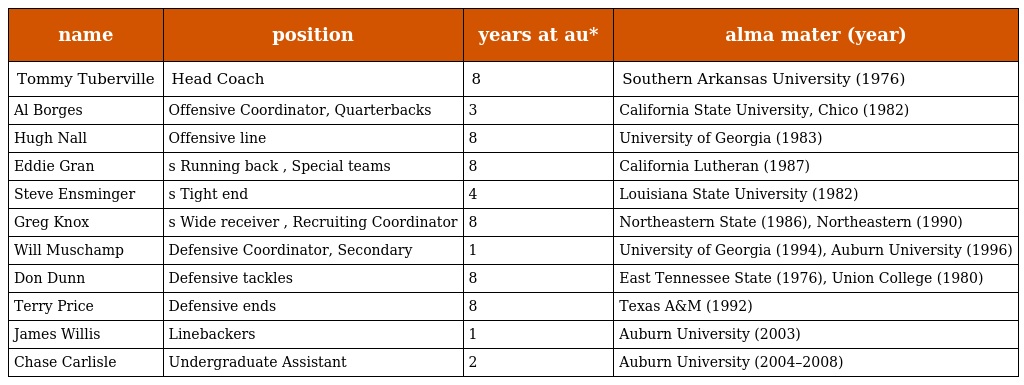
| name | position | years at au* | alma mater (year) |
 | --- | --- | --- | --- |
 | Tommy Tuberville | Head Coach | 8 | Southern Arkansas University (1976) |
 | Al Borges | Offensive Coordinator, Quarterbacks | 3 | California State University, Chico (1982) |
 | Hugh Nall | Offensive line | 8 | University of Georgia (1983) |
 | Eddie Gran | s Running back , Special teams | 8 | California Lutheran (1987) |
 | Steve Ensminger | s Tight end | 4 | Louisiana State University (1982) |
 | Greg Knox | s Wide receiver , Recruiting Coordinator | 8 | Northeastern State (1986), Northeastern (1990) |
 | Will Muschamp | Defensive Coordinator, Secondary | 1 | University of Georgia (1994), Auburn University (1996) |
 | Don Dunn | Defensive tackles | 8 | East Tennessee State (1976), Union College (1980) |
 | Terry Price | Defensive ends | 8 | Texas A&M (1992) |
 | James Willis | Linebackers | 1 | Auburn University (2003) |
 | Chase Carlisle | Undergraduate Assistant | 2 | Auburn University (2004–2008) |